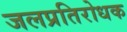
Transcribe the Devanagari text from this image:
जलप्रतिरोधक